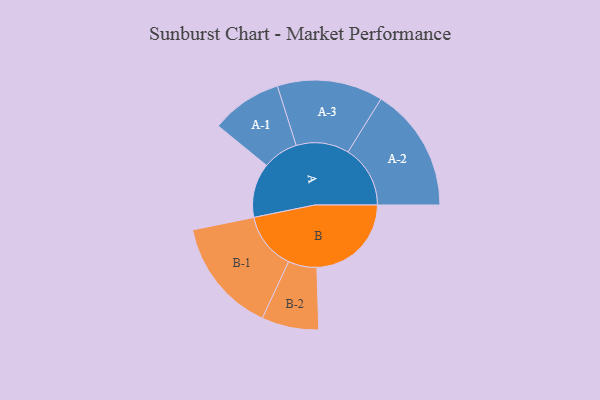
{"axis": {"x": "Segment", "y": "Value"}, "legend": ["", "A", "B"], "data": [{"x": "A", "y": 234, "type": ""}, {"x": "B", "y": 407, "type": ""}, {"x": "A-1", "y": 153, "type": "A"}, {"x": "A-2", "y": 268, "type": "A"}, {"x": "A-3", "y": 228, "type": "A"}, {"x": "B-1", "y": 247, "type": "B"}, {"x": "B-2", "y": 123, "type": "B"}]}